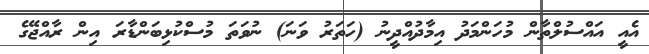
އެއީ އައްސުލްތާން މުހަންމަދު އިމާދުއްދީނު (ހަތަރު ވަނަ) ނުވަތަ މުސްކުޅިބަންޑާރަ އިން ރާއްޖޭގެ